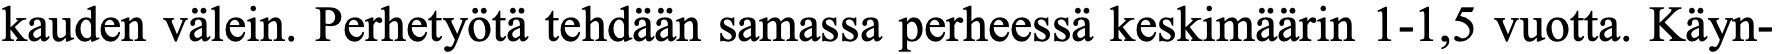
kauden välein. Perhetyötä tehdään samassa perheessä keskimäärin 1-1,5 vuotta. Käyn-